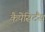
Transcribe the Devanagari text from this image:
कैपेसिटैंस